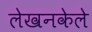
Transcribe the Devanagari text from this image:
लेखनकेले